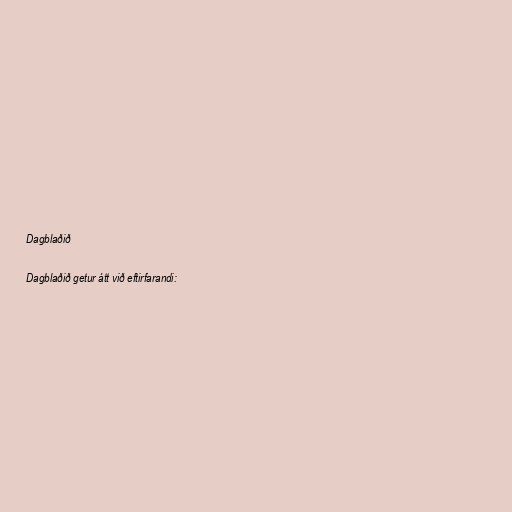
Dagblaðið

Dagblaðið getur átt við eftirfarandi: